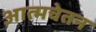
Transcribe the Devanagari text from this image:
आत्मचेतन